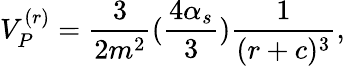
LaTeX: V_{P}^{(r)}={\frac{3}{2m^{2}}}({\frac{4\alpha_{s}}{3}}){\frac{1}{(r+c)^{3}}},